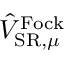
\hat { V } _ { \mathrm { S R } , \mu } ^ { \mathrm { F o c k } }